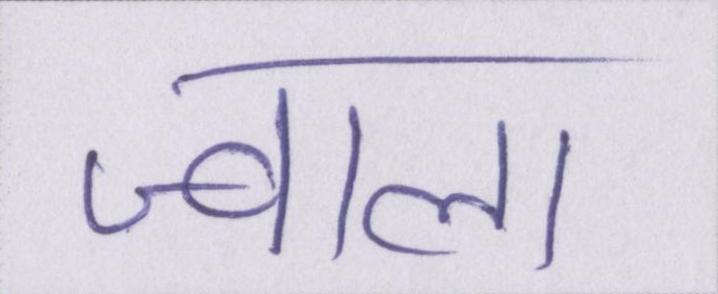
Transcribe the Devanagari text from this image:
ज्वाला